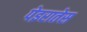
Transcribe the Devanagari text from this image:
पेइरातेस